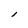
Character: I